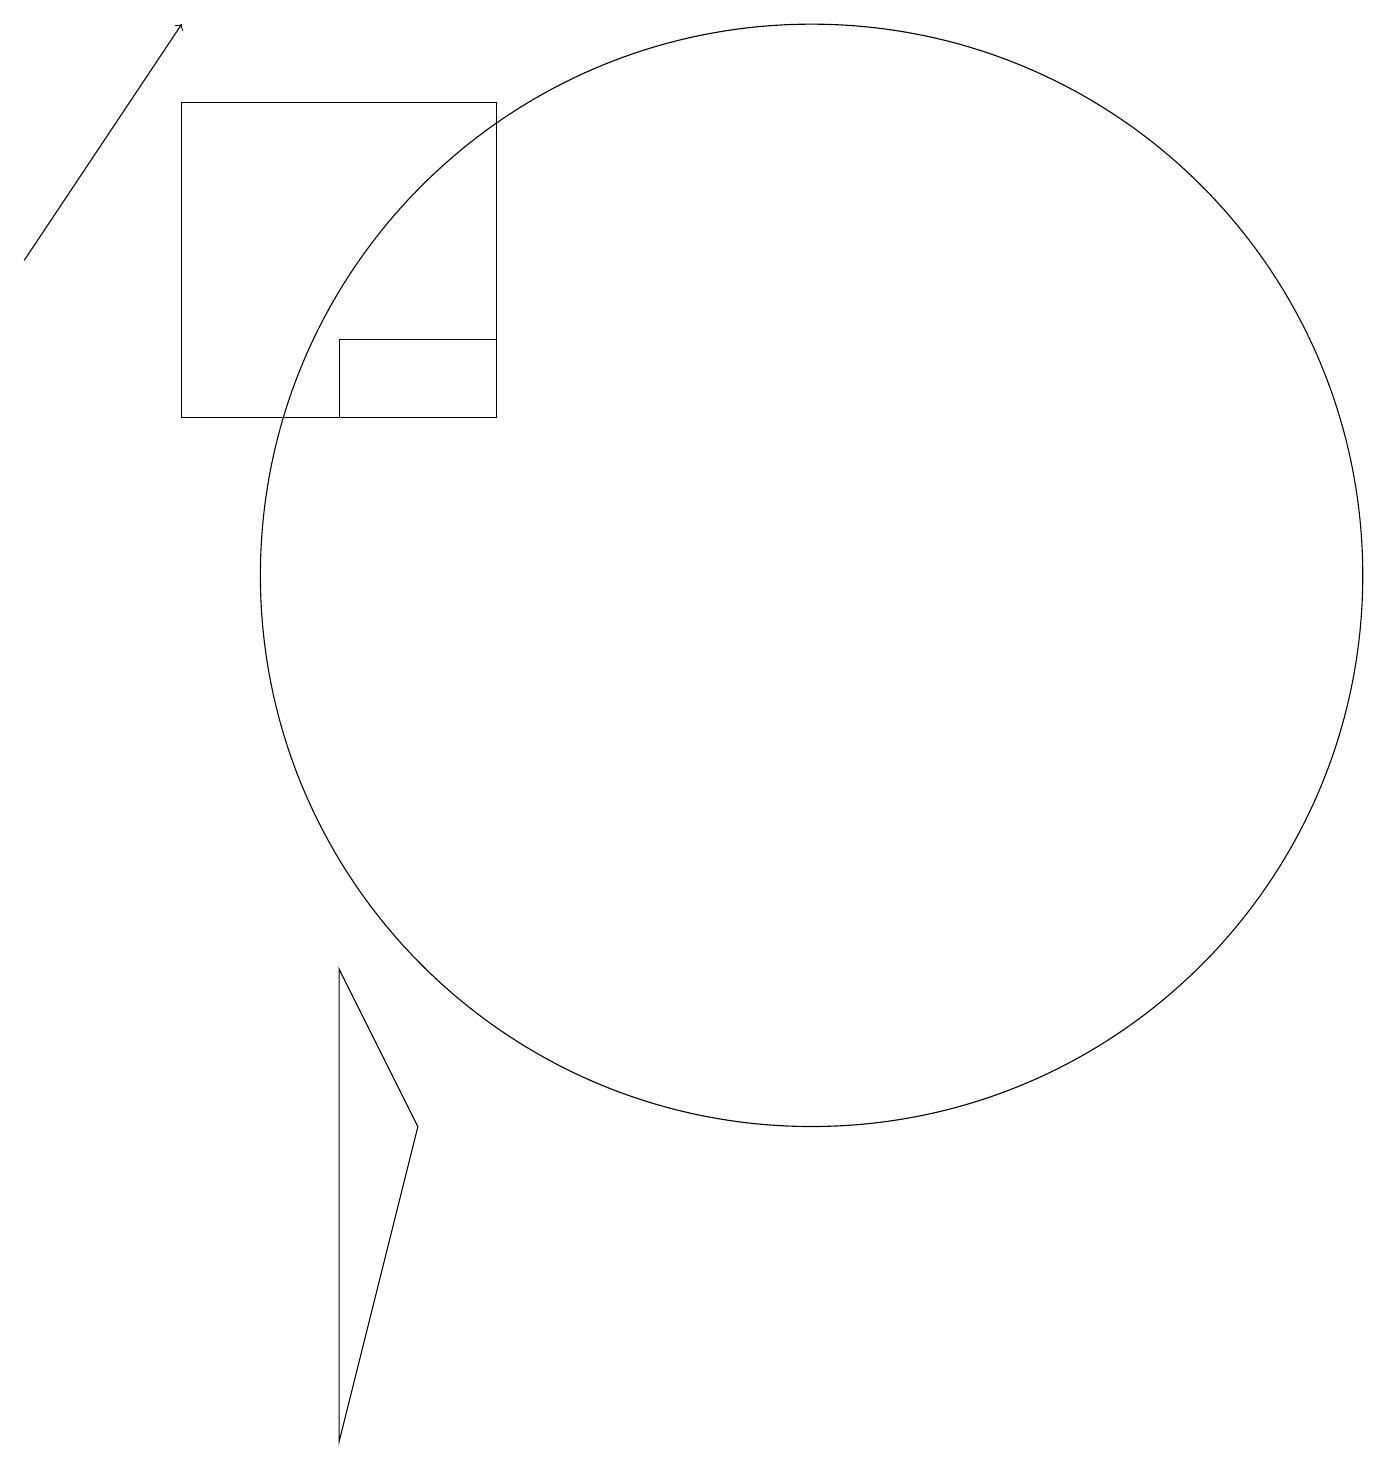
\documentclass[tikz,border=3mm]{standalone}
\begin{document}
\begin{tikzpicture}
\draw (6,13) rectangle (2,17);
\draw (4,14) rectangle (6,13);
\draw (5,4) -- (4,0) -- (4,6) -- cycle;
\draw (10,11) circle (7);
\draw[->] (0,15) -- (2,18);
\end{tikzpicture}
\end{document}